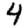
Digit: 4